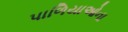
પાળિયાઓના